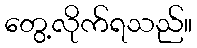
တွေ့လိုက်ရသည်။